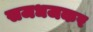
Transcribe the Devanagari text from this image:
सजधजकर